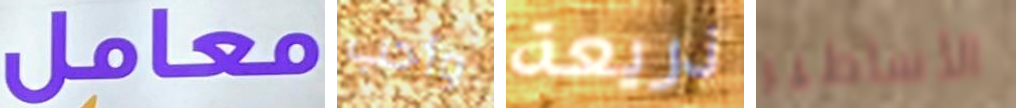
معامل وأحب ذريعة الأساطير